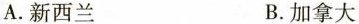
A.新西兰 B.加拿大